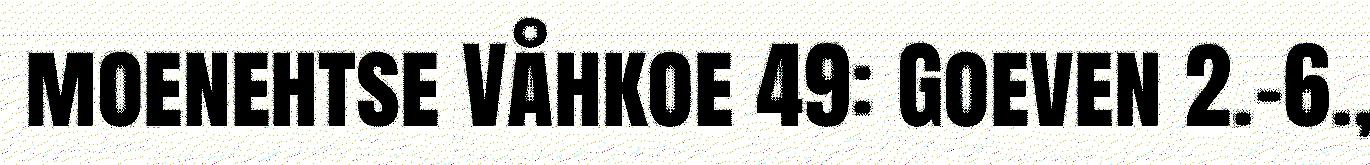
moenehtse Våhkoe 49: Goeven 2.-6.,